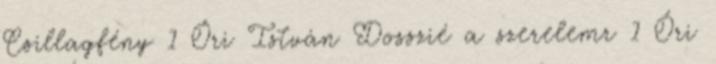
Csillagfény 1 Őri István Dosszié a szerelemr 1 Őri